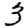
Digit: 3